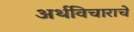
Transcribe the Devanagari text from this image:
अर्थविचाराचे